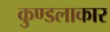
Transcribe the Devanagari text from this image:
कुण्डलाकार